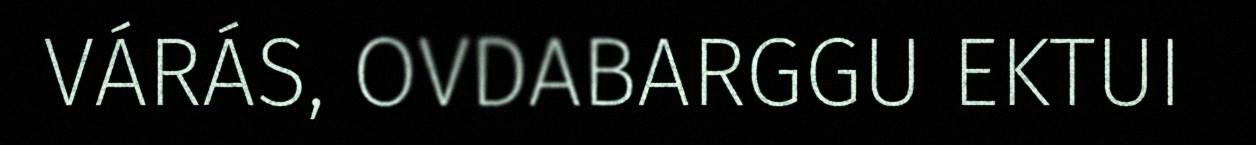
VÁRÁS, OVDABARGGU EKTUI